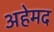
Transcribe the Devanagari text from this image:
अहेमद